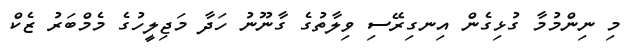
މި ނިންމުމާ ގުޅިގެން އިނގިރޭސި ވިލާތުގެ ގާނޫނު ހަދާ މަޖިލީހުގެ މެމްބަރު ޒެކް